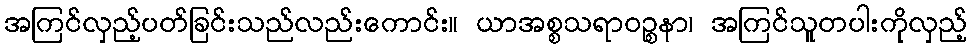
အကြင်လှည့်ပတ်ခြင်းသည်လည်းကောင်း။ ယာအစ္စသရာဝဉ္စနာ၊ အကြင်သူတပါးကိုလှည့်